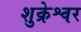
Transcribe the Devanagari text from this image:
शुक्रेश्वर